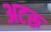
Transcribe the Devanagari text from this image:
अटरू